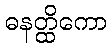
ဓနတ္ထိကော